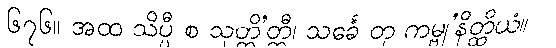
၆၇၆။ အထ သိပ္ပီ စ သုတ္တိ’တ္ထီ၊ သင်္ခေ တု ကမ္ဗု’နိတ္ထိယံ။